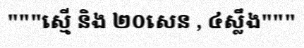
"""ស្មើ និង ២០សេន , ៤ស្លឹង"""